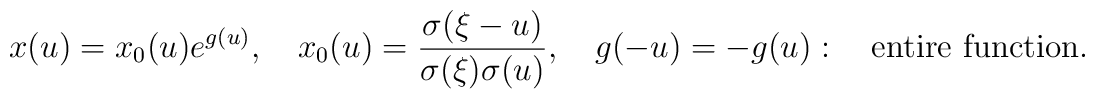
x(u)=x_{0}(u)e^{g(u)},\quad   x_{0}(u)={\sigma(\xi-u)\over{\sigma(\xi)\sigma(u)}},\quad   g(-u)=-g(u):\quad \mbox{entire function}.